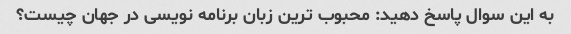
به این سوال پاسخ دهید: محبوب ترین زبان برنامه نویسی در جهان چیست؟